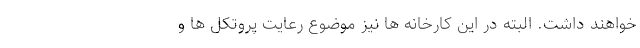
خواهند داشت. البته در این کارخانه ها نیز موضوع رعایت پروتکل ها و